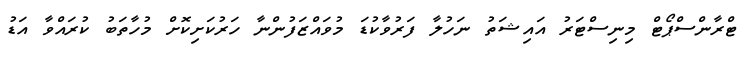
ޓްރާންސްޕޯޓް މިނިސްޓަރު އައިޝަތު ނަހުލާ ފަރުވާކުޑަ މުވައްޒަފުންނާ ހަރުކަށިކޮށް މުހާތަބު ކުރައްވާ އަޑު